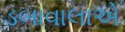
ડબાવાલાએ